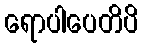
ရောပါပေတိပိ